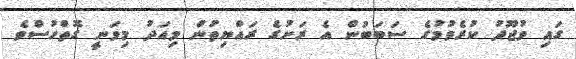
ގައި ވުޖޫދު ކުރެވުމުގެ ސަބަބުން އެ ރަށުގެ ރައްޔިތުން މިއަދު މިވަނީ ގޮތްހުސްވެ